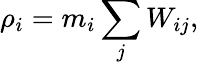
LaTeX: \rho_{i}=m_{i}\sum_{j}W_{ij},